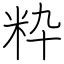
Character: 粋